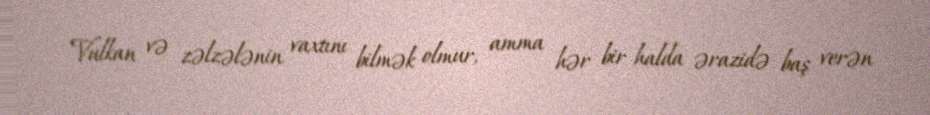
Vulkan və zəlzələnin vaxtını bilmək olmur, amma hər bir halda ərazidə baş verən